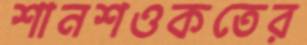
শানশওকতের